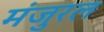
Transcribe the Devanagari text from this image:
मंजुरल